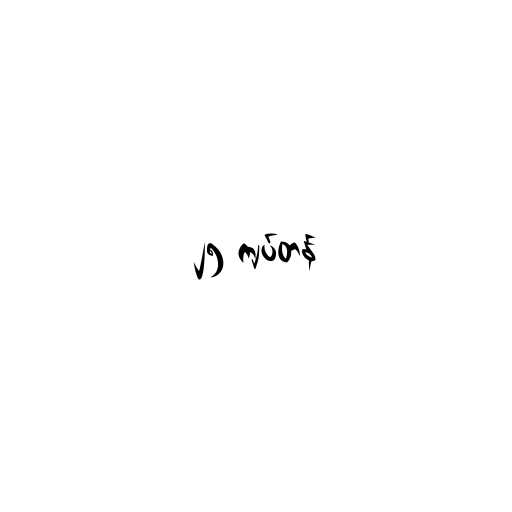
၂၅ ကျပ်တန်